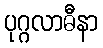
ပုဂ္ဂလာဓီနာ